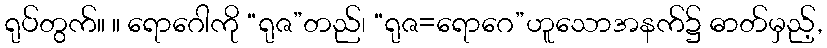
ရုပ်တွက်။ ။ ရောဂေါကို “ရုဇ”တည်၊ “ရုဇ=ရောဂေ”ဟူသောအနက်၌ ဓာတ်မှည့်,